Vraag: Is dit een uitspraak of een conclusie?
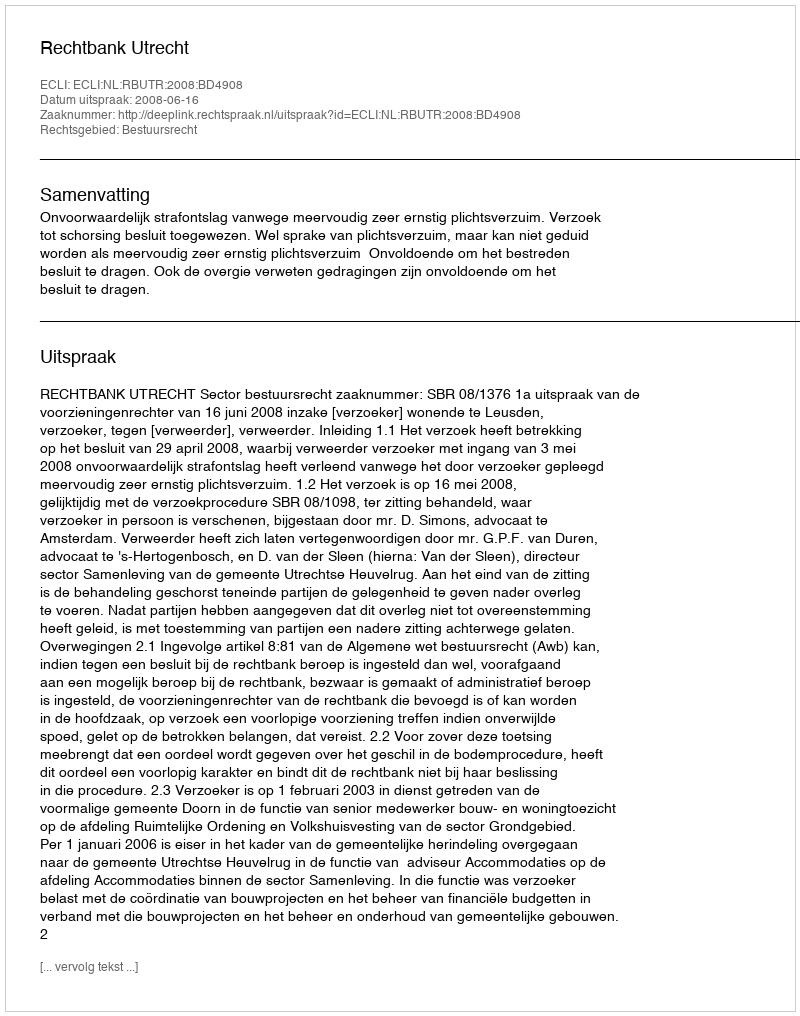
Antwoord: Uitspraak